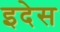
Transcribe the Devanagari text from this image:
इदेस